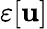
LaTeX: \varepsilon[\mathbf{u}]